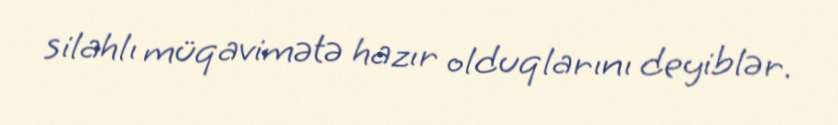
silahlı müqavimətə hazır olduqlarını deyiblər.